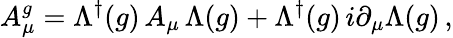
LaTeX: A_{\mu}^{g}=\Lambda^{\dagger}(g)\, A_{\mu}\, \Lambda(g)+\Lambda^{\dagger}(g)\, i\partial_{\mu}\Lambda(g)\, ,